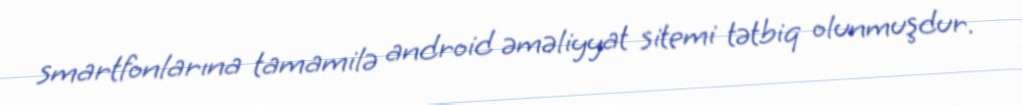
smartfonlarına tamamilə android əməliyyat sitemi tətbiq olunmuşdur.